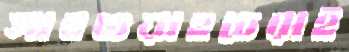
সাবওয়াহচেরাই